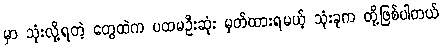
မှာ သုံးလို့ရတဲ့ တွေထဲက ပထမဦးဆုံး မှတ်ထားရမယ့် သုံးခုက တို့ဖြစ်ပါတယ်